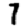
Digit: 7